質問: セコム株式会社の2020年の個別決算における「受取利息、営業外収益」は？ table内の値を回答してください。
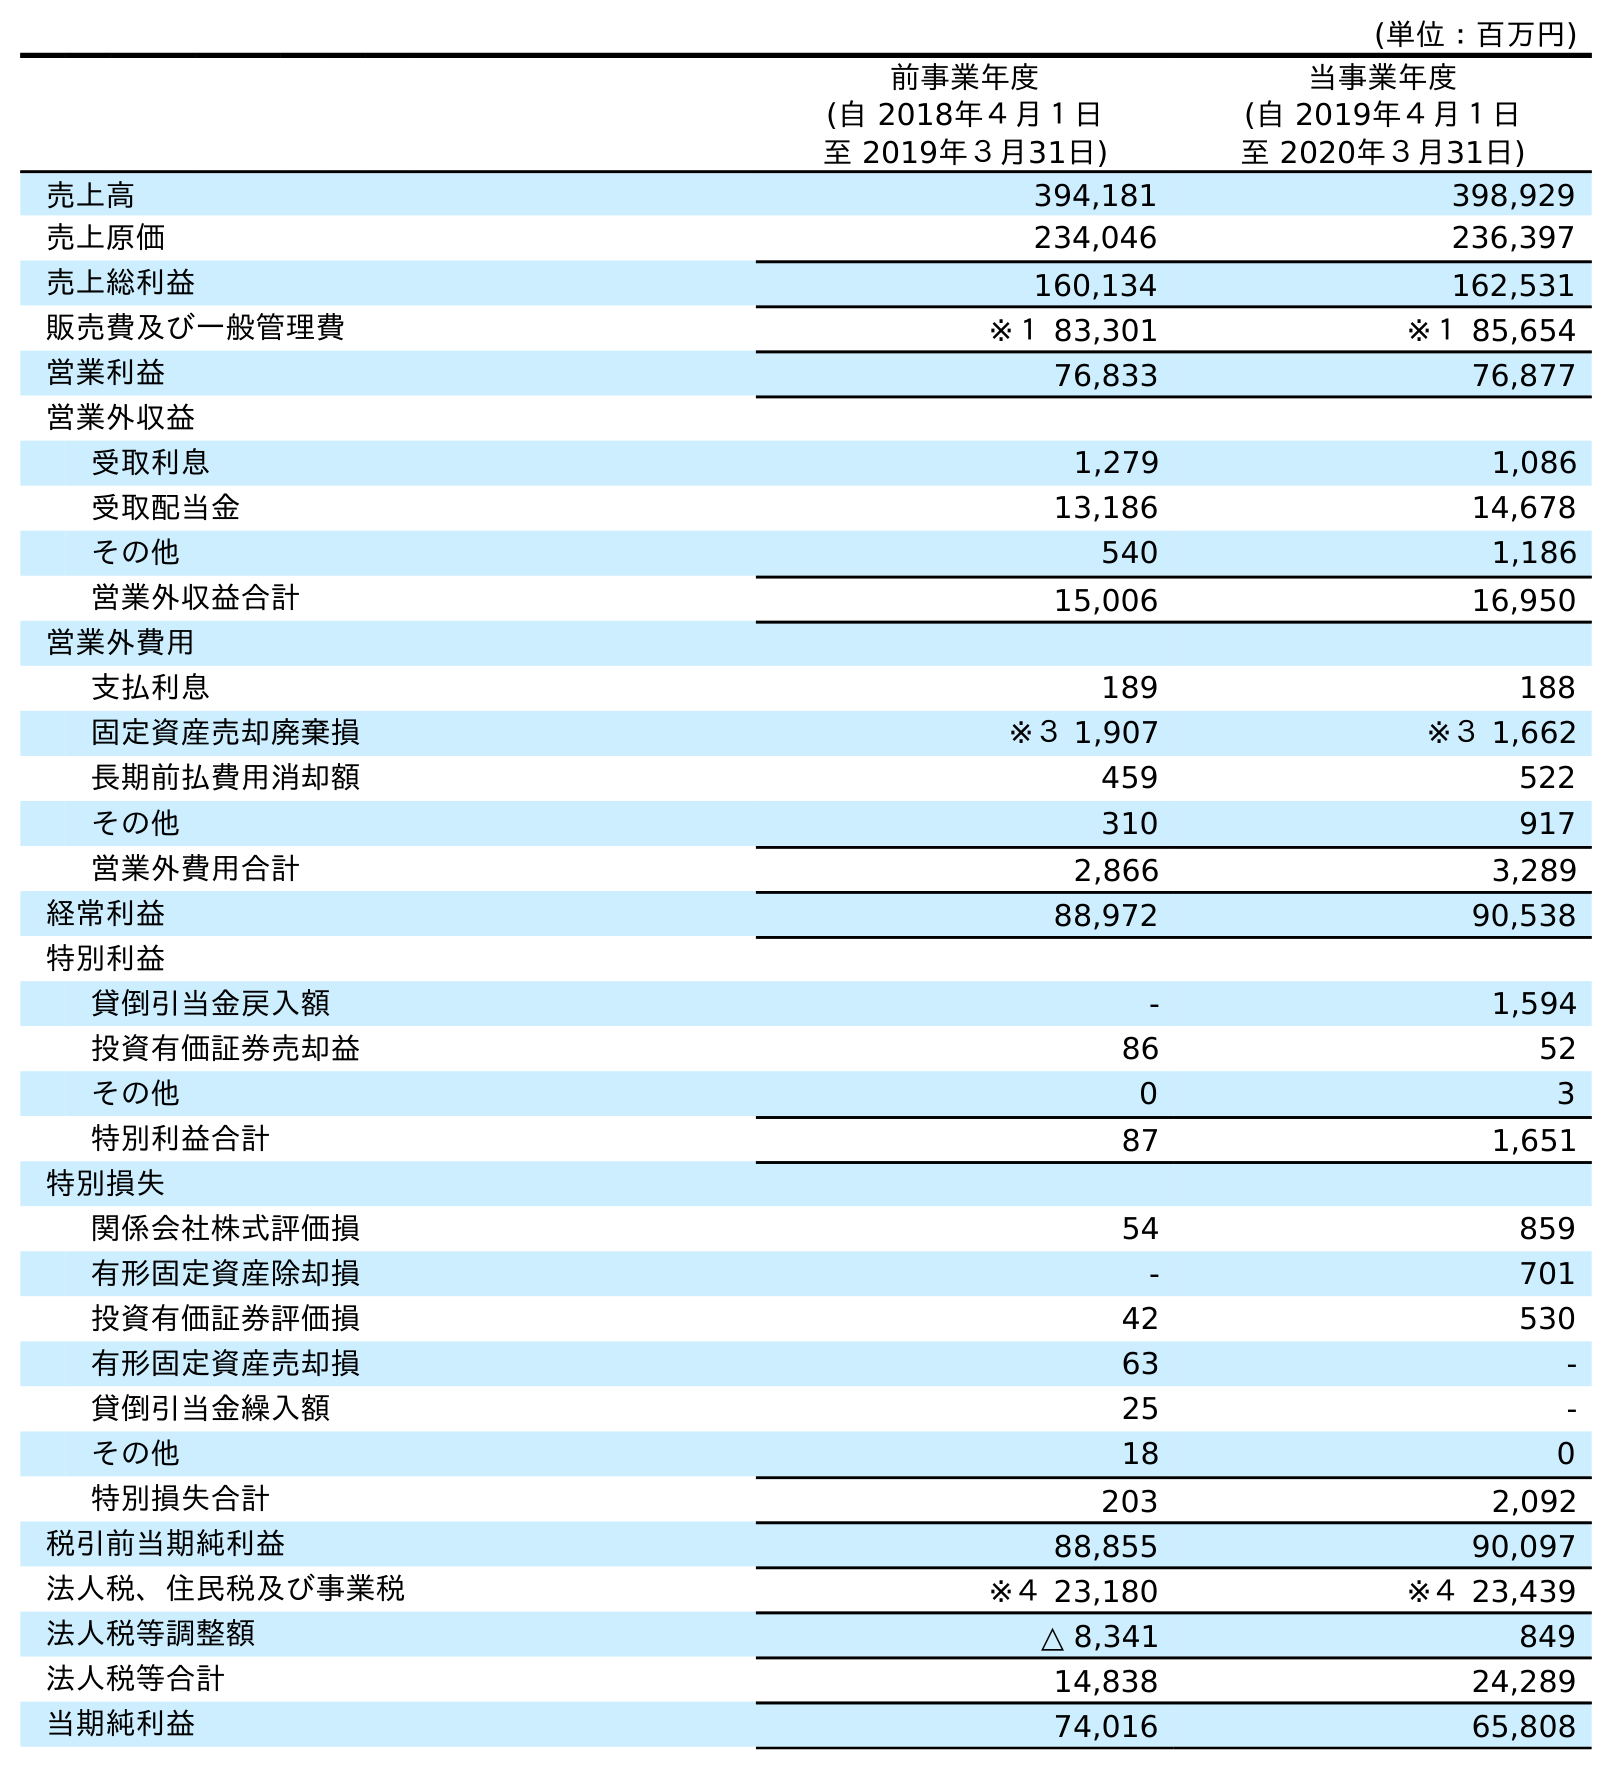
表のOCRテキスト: (単位：百万円) 前事業年度 (自 2018年４月１日 至 2019年３月31日) 当事業年度 (自 2019年４月１日 至 2020年３月31日) 売上高 394,181 398,929 売上原価 234,046 236,397 売上総利益 160,134 162,531 販売費及び一般管理費 ※１ 83,301 ※１ 85,654 営業利益 76,833 76,877 営業外収益 受取利息 1,279 1,086 受取配当金 13,186 14,678 その他 540 1,186 営業外収益合計 15,006 16,950 営業外費用 支払利息 189 188 固定資産売却廃棄損 ※３ 1,907 ※３ 1,662 長期前払費用消却額 459 522 その他 310 917 営業外費用合計 2,866 3,289 経常利益 88,972 90,538 特別利益 貸倒引当金戻入額 - 1,594 投資有価証券売却益 86 52 その他 0 3 特別利益合計 87 1,651 特別損失 関係会社株式評価損 54 859 有形固定資産除却損 - 701 投資有価証券評価損 42 530 有形固定資産売却損 63 - 貸倒引当金繰入額 25 - その他 18 0 特別損失合計 203 2,092 税引前当期純利益 88,855 90,097 法人税、住民税及び事業税 ※４ 23,180 ※４ 23,439 法人税等調整額 △ 8,341 849 法人税等合計 14,838 24,289 当期純利益 74,016 65,808
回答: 1,086